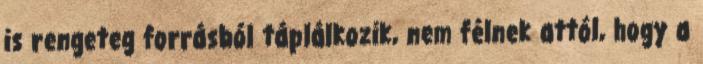
is rengeteg forrásból táplálkozik, nem félnek attól, hogy a